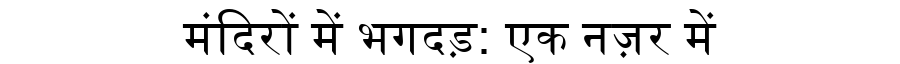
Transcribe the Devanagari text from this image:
मंदिरों में भगदड़: एक नज़र में